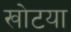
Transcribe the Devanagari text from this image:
खोटया